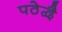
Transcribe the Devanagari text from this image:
पठेद्वै